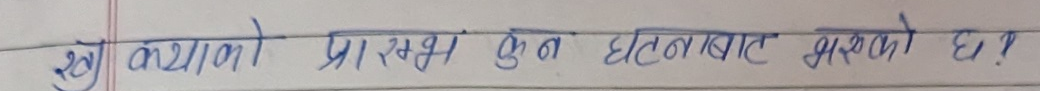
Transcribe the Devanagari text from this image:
शुक्र क्याको प्रारम्भ कुन घटनाबाट भएको छ?